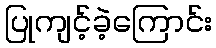
ပြုကျင့်ခဲ့ကြောင်း